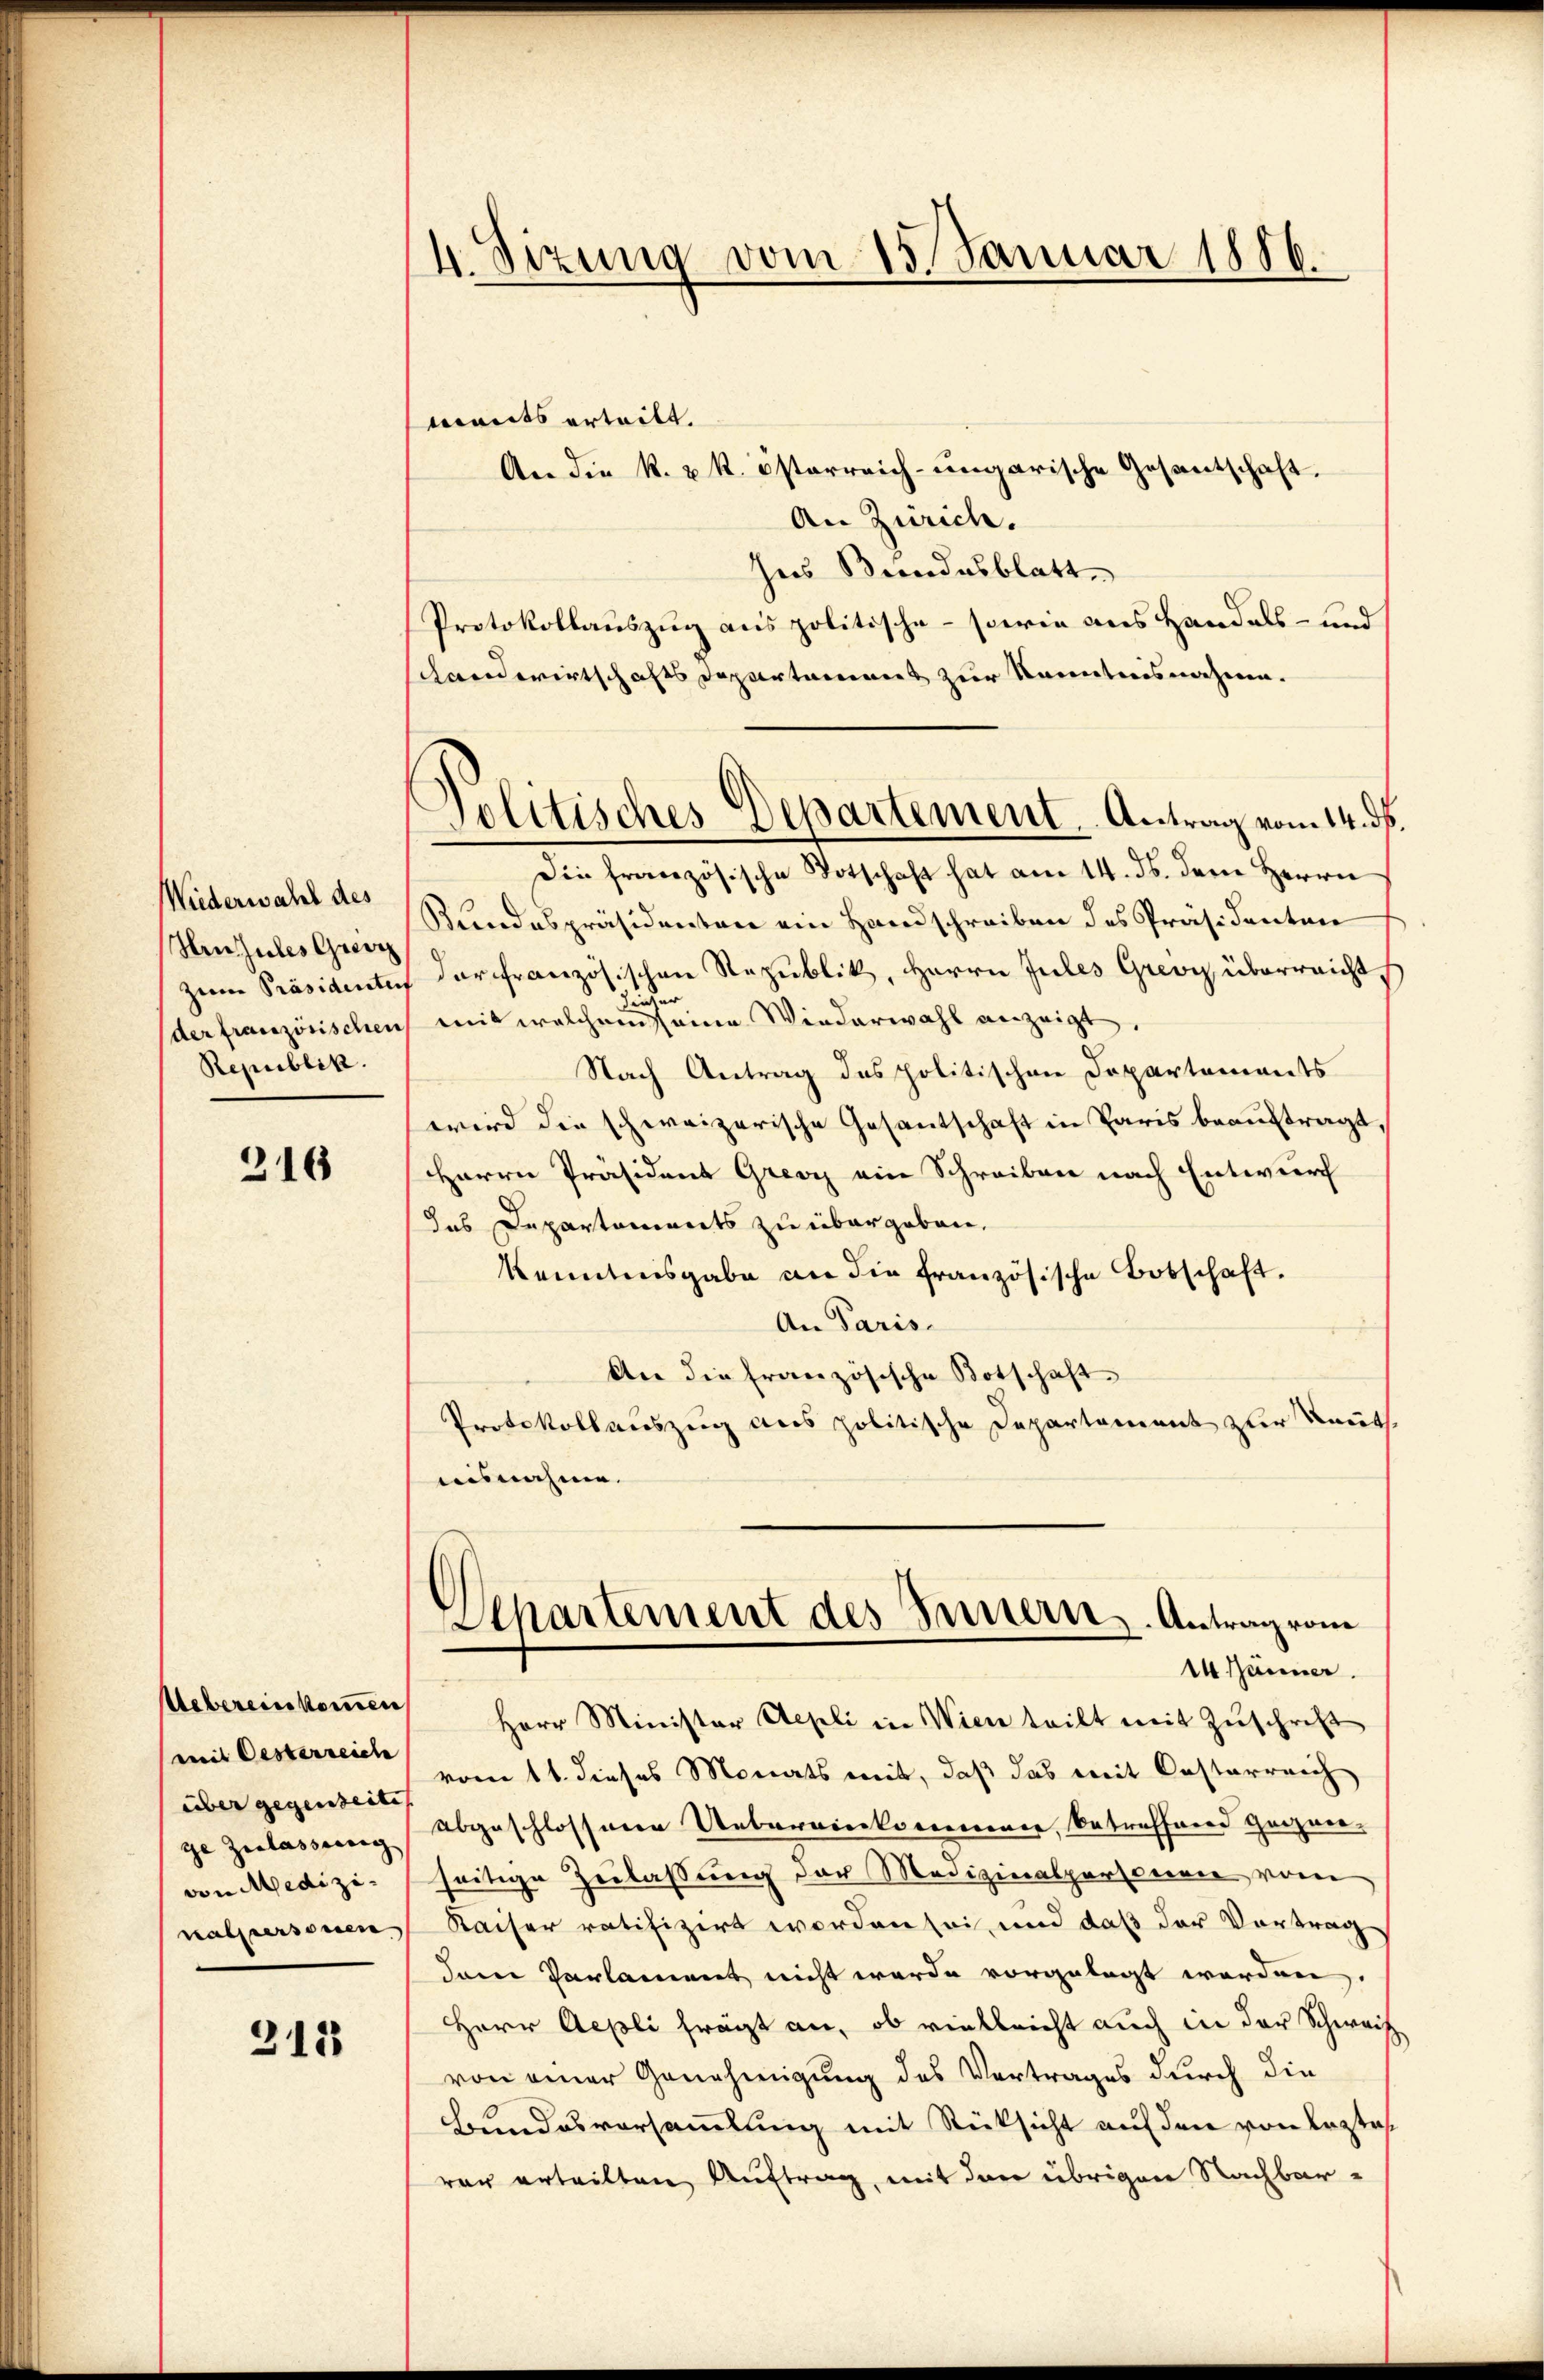
Wiederwahl des
Hinzules Grei
der französischen
Republik.

216

Uebereinkommen
(mit Oesterreich
über gegenseite |
ge Zulasserung |
von Medizinalpersonen

213

4. Sizung vom 15. Januar 1886.

mants erteilt.
An die k. u. k. österreich-ungarische Gesantschaft.
An Zürich.
Ins Bundesblatt.
Protokollauszug aus politische - sowie aus Handels- und
schandwirtschafts Departement zur Kenntnisnahme.
Die französische Totschaft hat am 14. ds. dem Herrn
Bundespräsidenten ein Handschreiben des Präsidenten
zum Präsidenten darffranzösischen Republik, Herrn Jules Grevy überreicht,
mit welchem sie eine Wiederwahl anzeigt,
Nach Antrag des politischen Departements
wird die schweizerische Gesantschaft in Paris beauftragt,
Herrn Präsident Grenz ein Schreiben nach Entwurf
das Departements zu übergeben,
kenntnisgabe an die französische Botschaft.
An Paris.
An die französische Botschaft
Protokollauszug aus politische Departement zur Kaut
uisnahme.
Departement des Innern. Antrag vom
14 Männer
Herr Minister Aepli in Wien teilt mit Zŭschrift
vom 11. dieses Monats mit, daß das mit Castarreich
abgeschlossenen Uebereinkommener, betreffend Herzver-
seitige Zulassung der Medizinalpersonen vom
Kaiser ratifizirt worden sei, und daß der Vortrag
dame Varlament nicht werde vorgelegt werden,
Herr Aepli frägt an, ob vielleicht auch in der Schweiz
von einer Genehmigung des Vertrages durch die
Bundesversammlung mit Rücksicht auf den von Lezte
var erteilten Auftrag, mit der übrigen Nachbar¬

Politisches Departement. Antrag vom 14. ds.